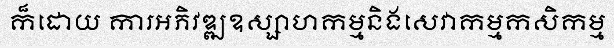
ក៏ដោយ ការអភិវឌ្ឍឧស្សាហកម្មនិងសេវាកម្មកសិកម្ម